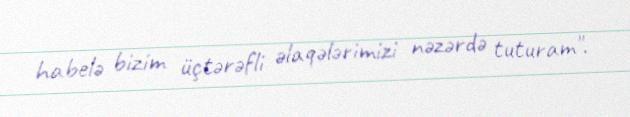
habelə bizim üçtərəfli əlaqələrimizi nəzərdə tuturam".